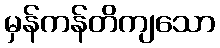
မှန်ကန်တိကျသော